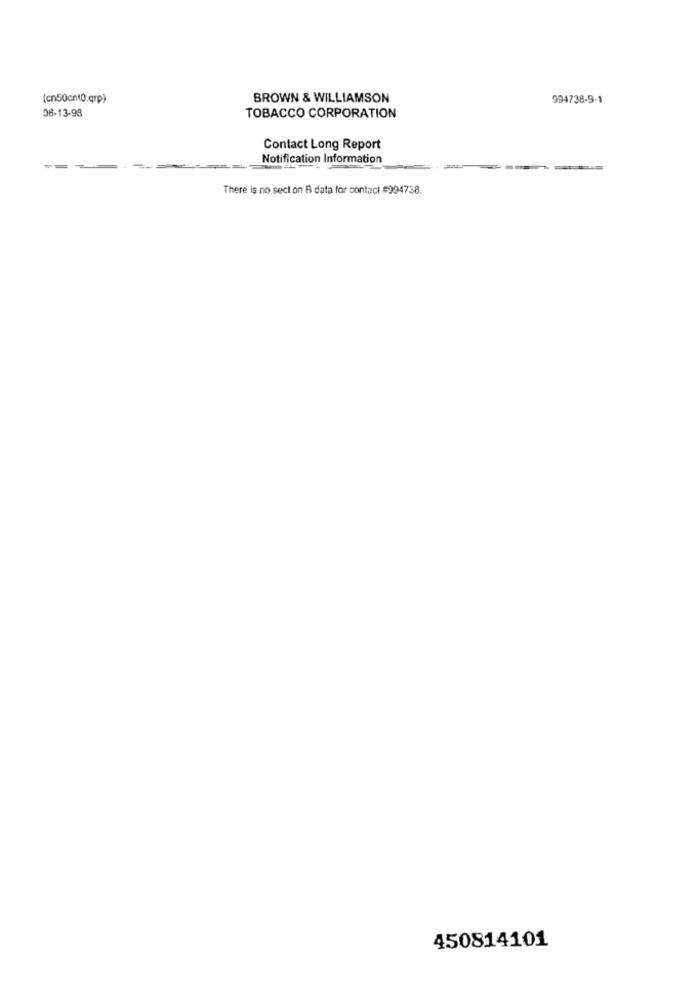
(cn50cnt0.qrp)
BROWN & WILLIAMSON
994738-9-1
06-13-98
TOBACCO CORPORATION
Contact Long Report
Notification Information
There is no sect on R data for contaci #994738.
450814101